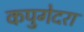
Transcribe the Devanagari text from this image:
कपुगेदरा